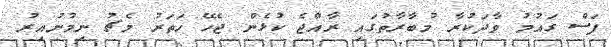
ފަސް ގައުމު ވާދަކުރާ މުބާރާތުގައި ރާއްޖެ ކުޅެން ޖެހޭ ހަތަރު މެޗު ނިމުނުއިރު